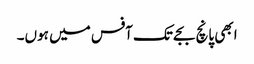
ابھی پانچ بجے تک آفس میں ہوں۔